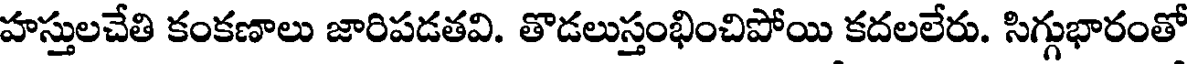
హస్తులచేతి కంకణాలు జారిపడతవి. తొడలుస్తంభించిపోయి కదలలేరు. సిగ్గుభారంతో